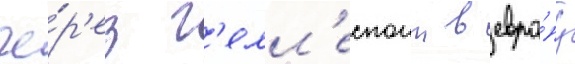
че́р'ез г'елл'еспонт в евро́пу